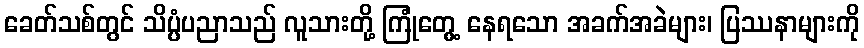
ခေတ်သစ်တွင် သိပ္ပံပညာသည် လူသားတို့ ကြုံတွေ့ နေရသော အခက်အခဲများ၊ ပြဿနာများကို